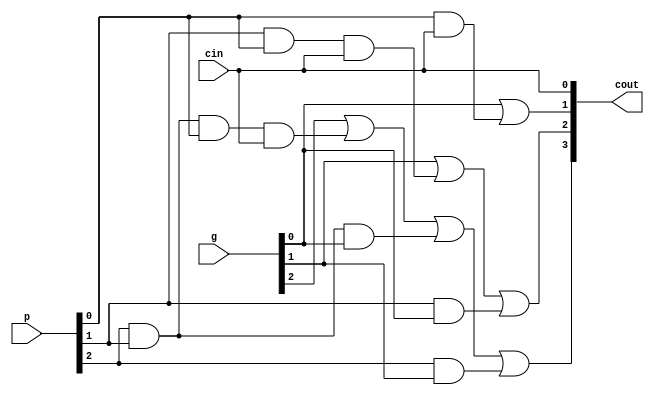
module carry_lookahead_gen 
    (
        input   wire[3:0]   g,
        input   wire[3:0]   p,
        input   wire        cin,
        output  wire[3:0]   cout
        //output  wire        gout,
        //output  wire        pout
    );

    wire    and_out_1;
    wire    and_out_2;
    wire    and_out_3;
    wire    and_out_4;
    wire    and_out_5;
    wire    and_out_6;
    wire    or_out_1;
    wire    or_out_2;
    wire    or_out_3;
    //wire    and_out_7;
    //wire    and_out_8;
    //wire    and_out_9;
    //wire    and_out_10;
    //wire    or_out_4;

    assign  cout = {or_out_3, or_out_2, or_out_1, cin};
    //assign  pout = and_out_10;
    //assign  gout = or_out_4;

    and     A1 (and_out_1, p[0], cin);
    or      O1 (or_out_1, g[0], and_out_1);

    and     A2 (and_out_2, p[1], g[0]);
    and     A3 (and_out_3, p[1], p[0], cin);
    or      O2 (or_out_2, g[1], and_out_3, and_out_2);

    and     A4 (and_out_4, p[2], g[1]);
    and     A5 (and_out_5, p[2], p[1], g[0]);
    and     A6 (and_out_6, p[2], p[1], p[0], cin);
    or      O3 (or_out_3, g[2], and_out_6, and_out_5, and_out_4);

    // This is used for calculating the gout and pout signals
    //and     A7(and_out_7, p[3], g[2]);
    //and     A8(and_out_8, p[3], p[2], g[1]);
    //and     A9(and_out_9, p[3], p[2], p[1], g[0]);
    //or      O4(or_out_4, g[3], and_out_7, and_out_8, and_out_9);
    //and     A10(and_out_10, p[3], p[2], p[1], p[0]);

endmodule